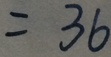
= 3 6